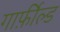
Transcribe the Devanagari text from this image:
गार्फ़ील्ड